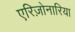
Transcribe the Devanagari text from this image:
एरिज़ोनारिया